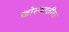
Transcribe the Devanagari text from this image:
खोल्यातील